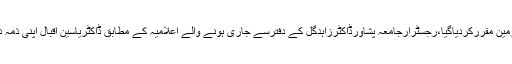
05 مئی2018ء)پروفیسرڈاکٹریاسین اقبال کوجامعہ پشاورکے فزکس ڈیپاٹمنٹ کاچیئرمین مقررکردیاگیا،رجسٹرارجامعہ پشاورڈاکٹرزاہدگل کے دفترسے جاری ہونے والے اعلامیہ کے مطابق ڈاکٹریاسین اقبال اپنی ذمہ داری تین سال تک نبھائیں گے ،وہ اس سے قبل بھی تین سال ا س عہدہ پررہ چکے ہیں۔